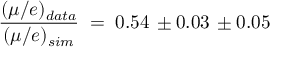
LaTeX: { \frac { ( \mu / e ) _ { d a t a } } { ( \mu / e ) _ { s i m } } } \; = \; 0 . 5 4 \, \pm 0 . 0 3 \, \pm 0 . 0 5